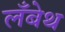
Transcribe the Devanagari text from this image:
लँबेथ